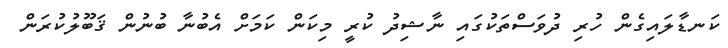
ކަނޑާލައިގެން ހުރި ދުވަސްތަކުގައި ނާޝިދު ކުރީ މިކަން ކަމަށް އެބުނާ ބުނުން ޤަބޫލުކުރަން